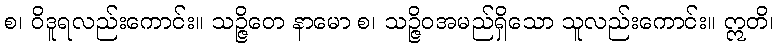
စ၊ ဝိဒူရလည်းကောင်း။ သဉ္ဇိဝော နာမော စ၊ သဉ္ဇိဝအမည်ရှိသော သူလည်းကောင်း။ ဣတိ၊